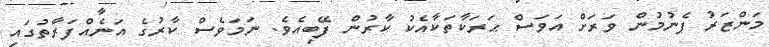
މަންޒަރު ފެނުމުން ވަރަށް އަވަސް ޙަރަކާތަކާއެކު ކާރުން ފޭބިއެވެ. ނަމަވެސް ކާރުގެ އަނެއްފަރާތުގައި